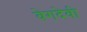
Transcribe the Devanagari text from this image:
वेगदेवी